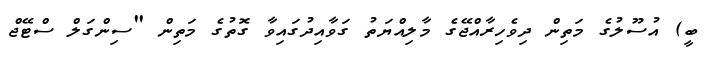
ބީ) އުސޫލުގެ މަތިން ދިވެހިރާއްޖޭގެ މާލިއްޔަތު ގަވާއިދުގައިވާ ގޮތުގެ މަތިން "ސިންގަލް ސްޓޭޖް